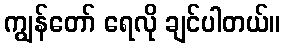
ကျွန်တော် ရေလို ချင်ပါတယ်။